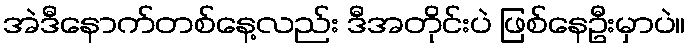
အဲဒီနောက်တစ်နေ့လည်း ဒီအတိုင်းပဲ ဖြစ်နေဦးမှာပဲ။